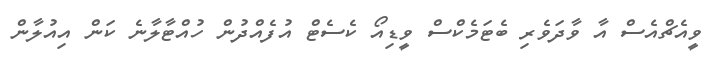
ވީއެޗްއެސް އާ ވާދަވެރި ބެޓަމެކްސް ވީޑިއޯ ކެސެޓް އުފެއްދުން ހުއްޓާލާނެ ކަން އިއުލާން